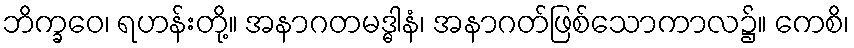
ဘိက္ခဝေ၊ ရဟန်းတို့။ အနာဂတမဒ္ဓါနံ၊ အနာဂတ်ဖြစ်သောကာလ၌။ ကေစိ၊